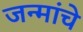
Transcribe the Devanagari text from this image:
जन्मांचे